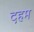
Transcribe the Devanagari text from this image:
दहम